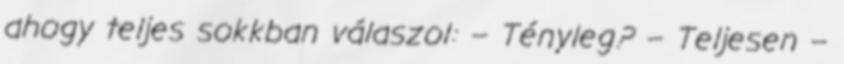
ahogy teljes sokkban válaszol: – Tényleg? – Teljesen –